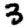
Digit: 3